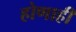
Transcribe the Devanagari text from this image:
होणाही